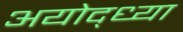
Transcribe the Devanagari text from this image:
अयोद्ध्या